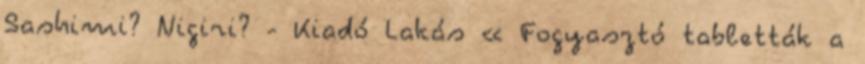
Sashimi? Nigiri? - Kiadó Lakás « Fogyasztó tabletták a